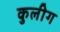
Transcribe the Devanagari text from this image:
कुलीग